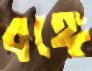
বঙ্গে